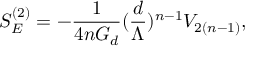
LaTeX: S _ { E } ^ { ( 2 ) } = - \frac { 1 } { 4 n G _ { d } } ( \frac { d } { \Lambda } ) ^ { n - 1 } V _ { 2 ( n - 1 ) } ,